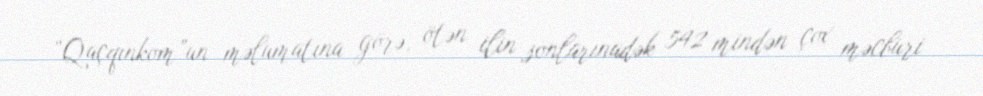
“Qaçqınkom”un məlumatına görə, ötən ilin sonlarınadək 542 mindən çox məcburi